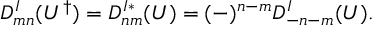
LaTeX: D _ { m n } ^ { I } ( U ^ { \dagger } ) = D _ { n m } ^ { I * } ( U ) = ( - ) ^ { n - m } D _ { - n - m } ^ { I } ( U ) .